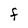
Character: F